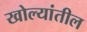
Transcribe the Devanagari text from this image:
खोल्यांतील